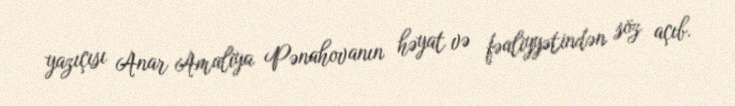
yazıçısı Anar Amaliya Pənahovanın həyat və fəaliyyətindən söz açıb.